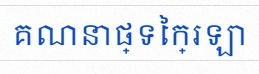
គណនាផ្ទៃក្រឡា